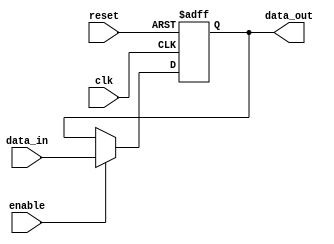
module register_block (
    input wire clk,
    input wire reset,
    input wire enable,
    input wire [7:0] data_in,
    output reg [7:0] data_out
);

reg [7:0] register_data;

always @(posedge clk or posedge reset) begin
    if (reset) begin
        register_data <= 8'h00;
    end else if (enable) begin
        register_data <= data_in;
    end
end

assign data_out = register_data;

endmodule